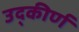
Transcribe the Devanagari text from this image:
उद्कीर्ण